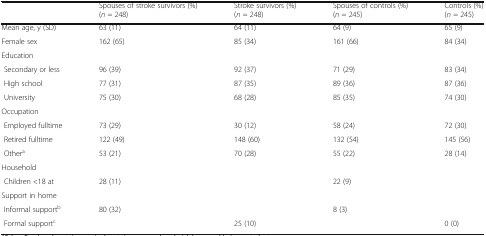
<table><thead><tr><td></td><td><b>Spouses of stroke survivors (%) (<i>n</i> = 248)</b></td><td><b>Stroke survivors (%) (<i>n</i> = 248)</b></td><td><b>Spouses of controls (%) (<i>n</i> = 245)</b></td><td><b>Controls (%) (<i>n</i> = 245)</b></td></tr></thead><tbody><tr><td>Mean age, y (SD)</td><td>63 (11)</td><td>64 (11)</td><td>64 (9)</td><td>65 (9)</td></tr><tr><td>Female sex</td><td>162 (65)</td><td>85 (34)</td><td>161 (66)</td><td>84 (34)</td></tr><tr><td colspan="5">Education</td></tr><tr><td> Secondary or less</td><td>96 (39)</td><td>92 (37)</td><td>71 (29)</td><td>83 (34)</td></tr><tr><td> High school</td><td>77 (31)</td><td>87 (35)</td><td>89 (36)</td><td>87 (36)</td></tr><tr><td> University</td><td>75 (30)</td><td>68 (28)</td><td>85 (35)</td><td>74 (30)</td></tr><tr><td colspan="5">Occupation</td></tr><tr><td> Employed fulltime</td><td>73 (29)</td><td>30 (12)</td><td>58 (24)</td><td>72 (30)</td></tr><tr><td> Retired fulltime</td><td>122 (49)</td><td>148 (60)</td><td>132 (54)</td><td>145 (56)</td></tr><tr><td> Other<sup>a</sup></td><td>53 (21)</td><td>70 (28)</td><td>55 (22)</td><td>28 (14)</td></tr><tr><td colspan="5">Household</td></tr><tr><td> Children &lt;18 at</td><td>28 (11)</td><td></td><td>22 (9)</td><td></td></tr><tr><td colspan="5">Support in home</td></tr><tr><td> Informal support<sup>b</sup></td><td>80 (32)</td><td></td><td>8 (3)</td><td></td></tr><tr><td> Formal support<sup>c</sup></td><td></td><td>25 (10)</td><td></td><td>0 (0)</td></tr></tbody></table>